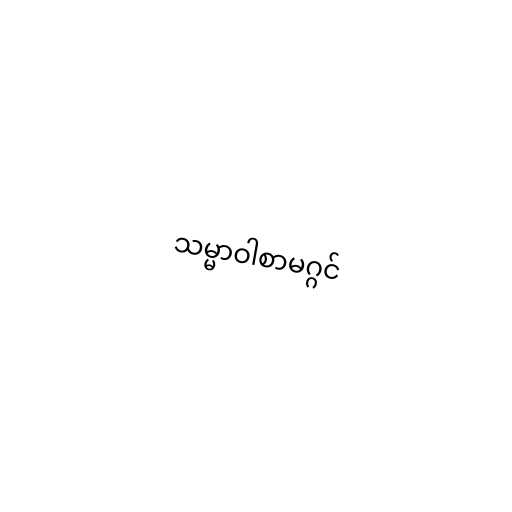
သမ္မာဝါစာမဂ္ဂင်